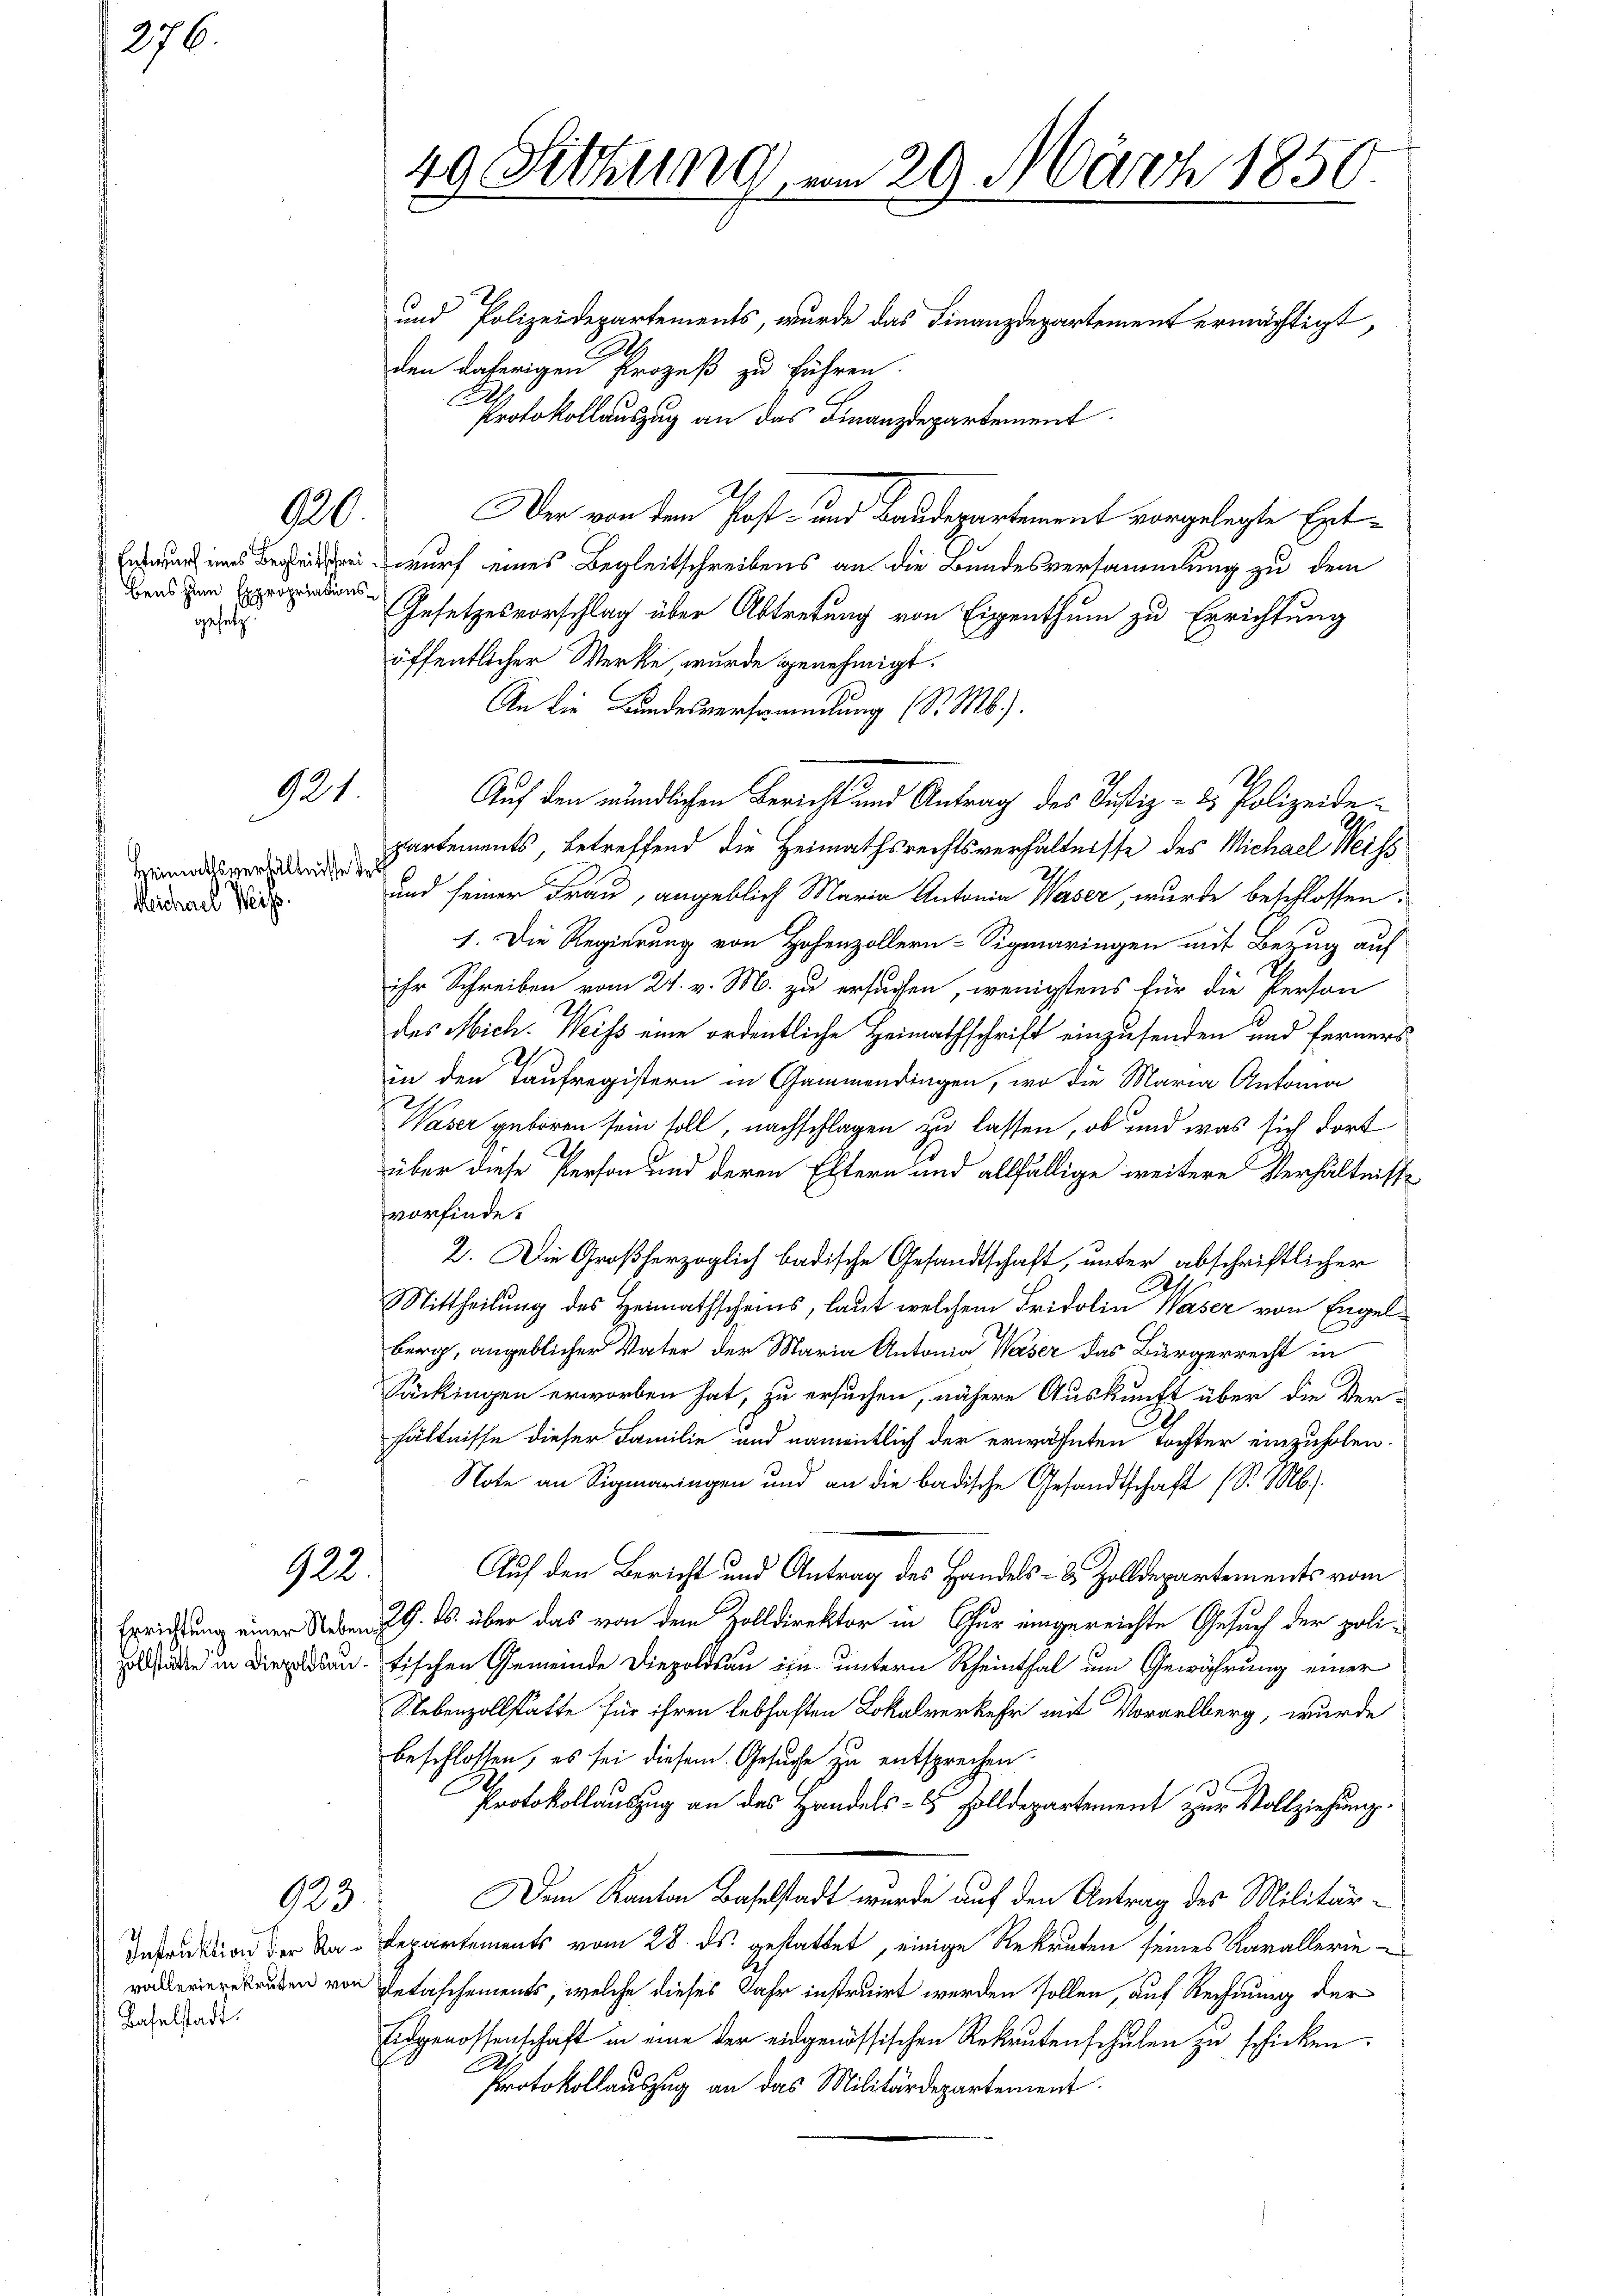
276.

bens zum Expropriationsgesetz.

920.

921

Heimathsverhältnisse des
Michael Weiss.

923.

923.

Instruktion der Ka¬
Baselstadt.

49 Sitzung vom 29. März 1850.

und Polizeidepartements, wurde das Finanzdepartement ermächtigt,
den daherigen Prozeß zu führen.
A
Protokollauszug an das Finanzdepartement
Der von dem Post- und Baudepartement vorgelegte Ente wurf eines Begleitschreibens an die Bundesversammlung zu dem
Gesetzesvorschlag über Abtretung von Eigenthum zu Errichtung
öffentlicher Werke, wurde genehmigt.
An die Bandesversammlung (S. M.).
Auf den mündlichen Bericht und Antrag des Justiz- & Polizeidepartements, betreffend die Heimathsrechtsverhältnisse des Michael Weiss
und seiner Frau, angeblich Maria Antonia Waser, wurde beschlossen:
1. Die Regierung von Hohenzollern-Sigmaringen mit Bezug auf
ihr Schreiben vom 21. v. M. zu ersuchen, wenigstens für die Person
des Mich. Weiss eine ordentliche Heimathschrift einzusenden und ferners
in den Taufregistern in Gammendingen, wo die Maria Antona
Waser geboren sein soll, nachschlagen zu lassen, ob und was sich dort
über diese Person und deren Eltern und allfällige weitere Verhältnisse
vorfinde.
2. Die Großherzoglich badische Gesandtschaft, unter abschriftlicher
A.
Mittheilung des Heimathscheins, laut welchem Fridolin Waser von Engelberg, angeblicher Vater der Maria Antonia Weser das Bürgerrecht in
Säckingen erworben hat, zu ersuchen, nähere Auskunft über die Ver-
hältnisse dieser Familie und namentlich der erwähnten Tochter einzuholen.
Note an Sigmaringen und an die badische Gesandtschaft (S. M.)
Auf den Bericht und Antrag des Handels- & Zolldepartements vom
Errichtung einer Neben 29. ds. über das von dem Zolldirektor in Chur eingereichte Gesuch der poli-
ade in die antischen Gemeinde Diepoldau ein untern Rheinthal um Gewährung einer
Nebenzollstatte für ihren lebhaften Lokalverkehr mit Vorarlberg, wurde
beschlossen, es sei diesem Gesuche zu entsprechen.
Protokollauszug an des Handels- & solldepartement zur Vollziehung.
Dem Kanton Baselstadt wurde auf den Antrag des Militär¬
Departements vom 28. ds. gestattet, einige Rekruten seines Karallerie
volerierekruten von Detaschements, welche dieses Jahr instruirt werden sollen, auf Rechnung der
Eidgenossenschaft in eine der eidgenössischen Rekrutenschulen zu schicken.
.
Protokollauszug an das Militärdepartement